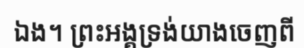
ឯង។ ព្រះអង្គទ្រង់យាងចេញពី